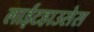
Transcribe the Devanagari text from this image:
लाईटहाउसेस